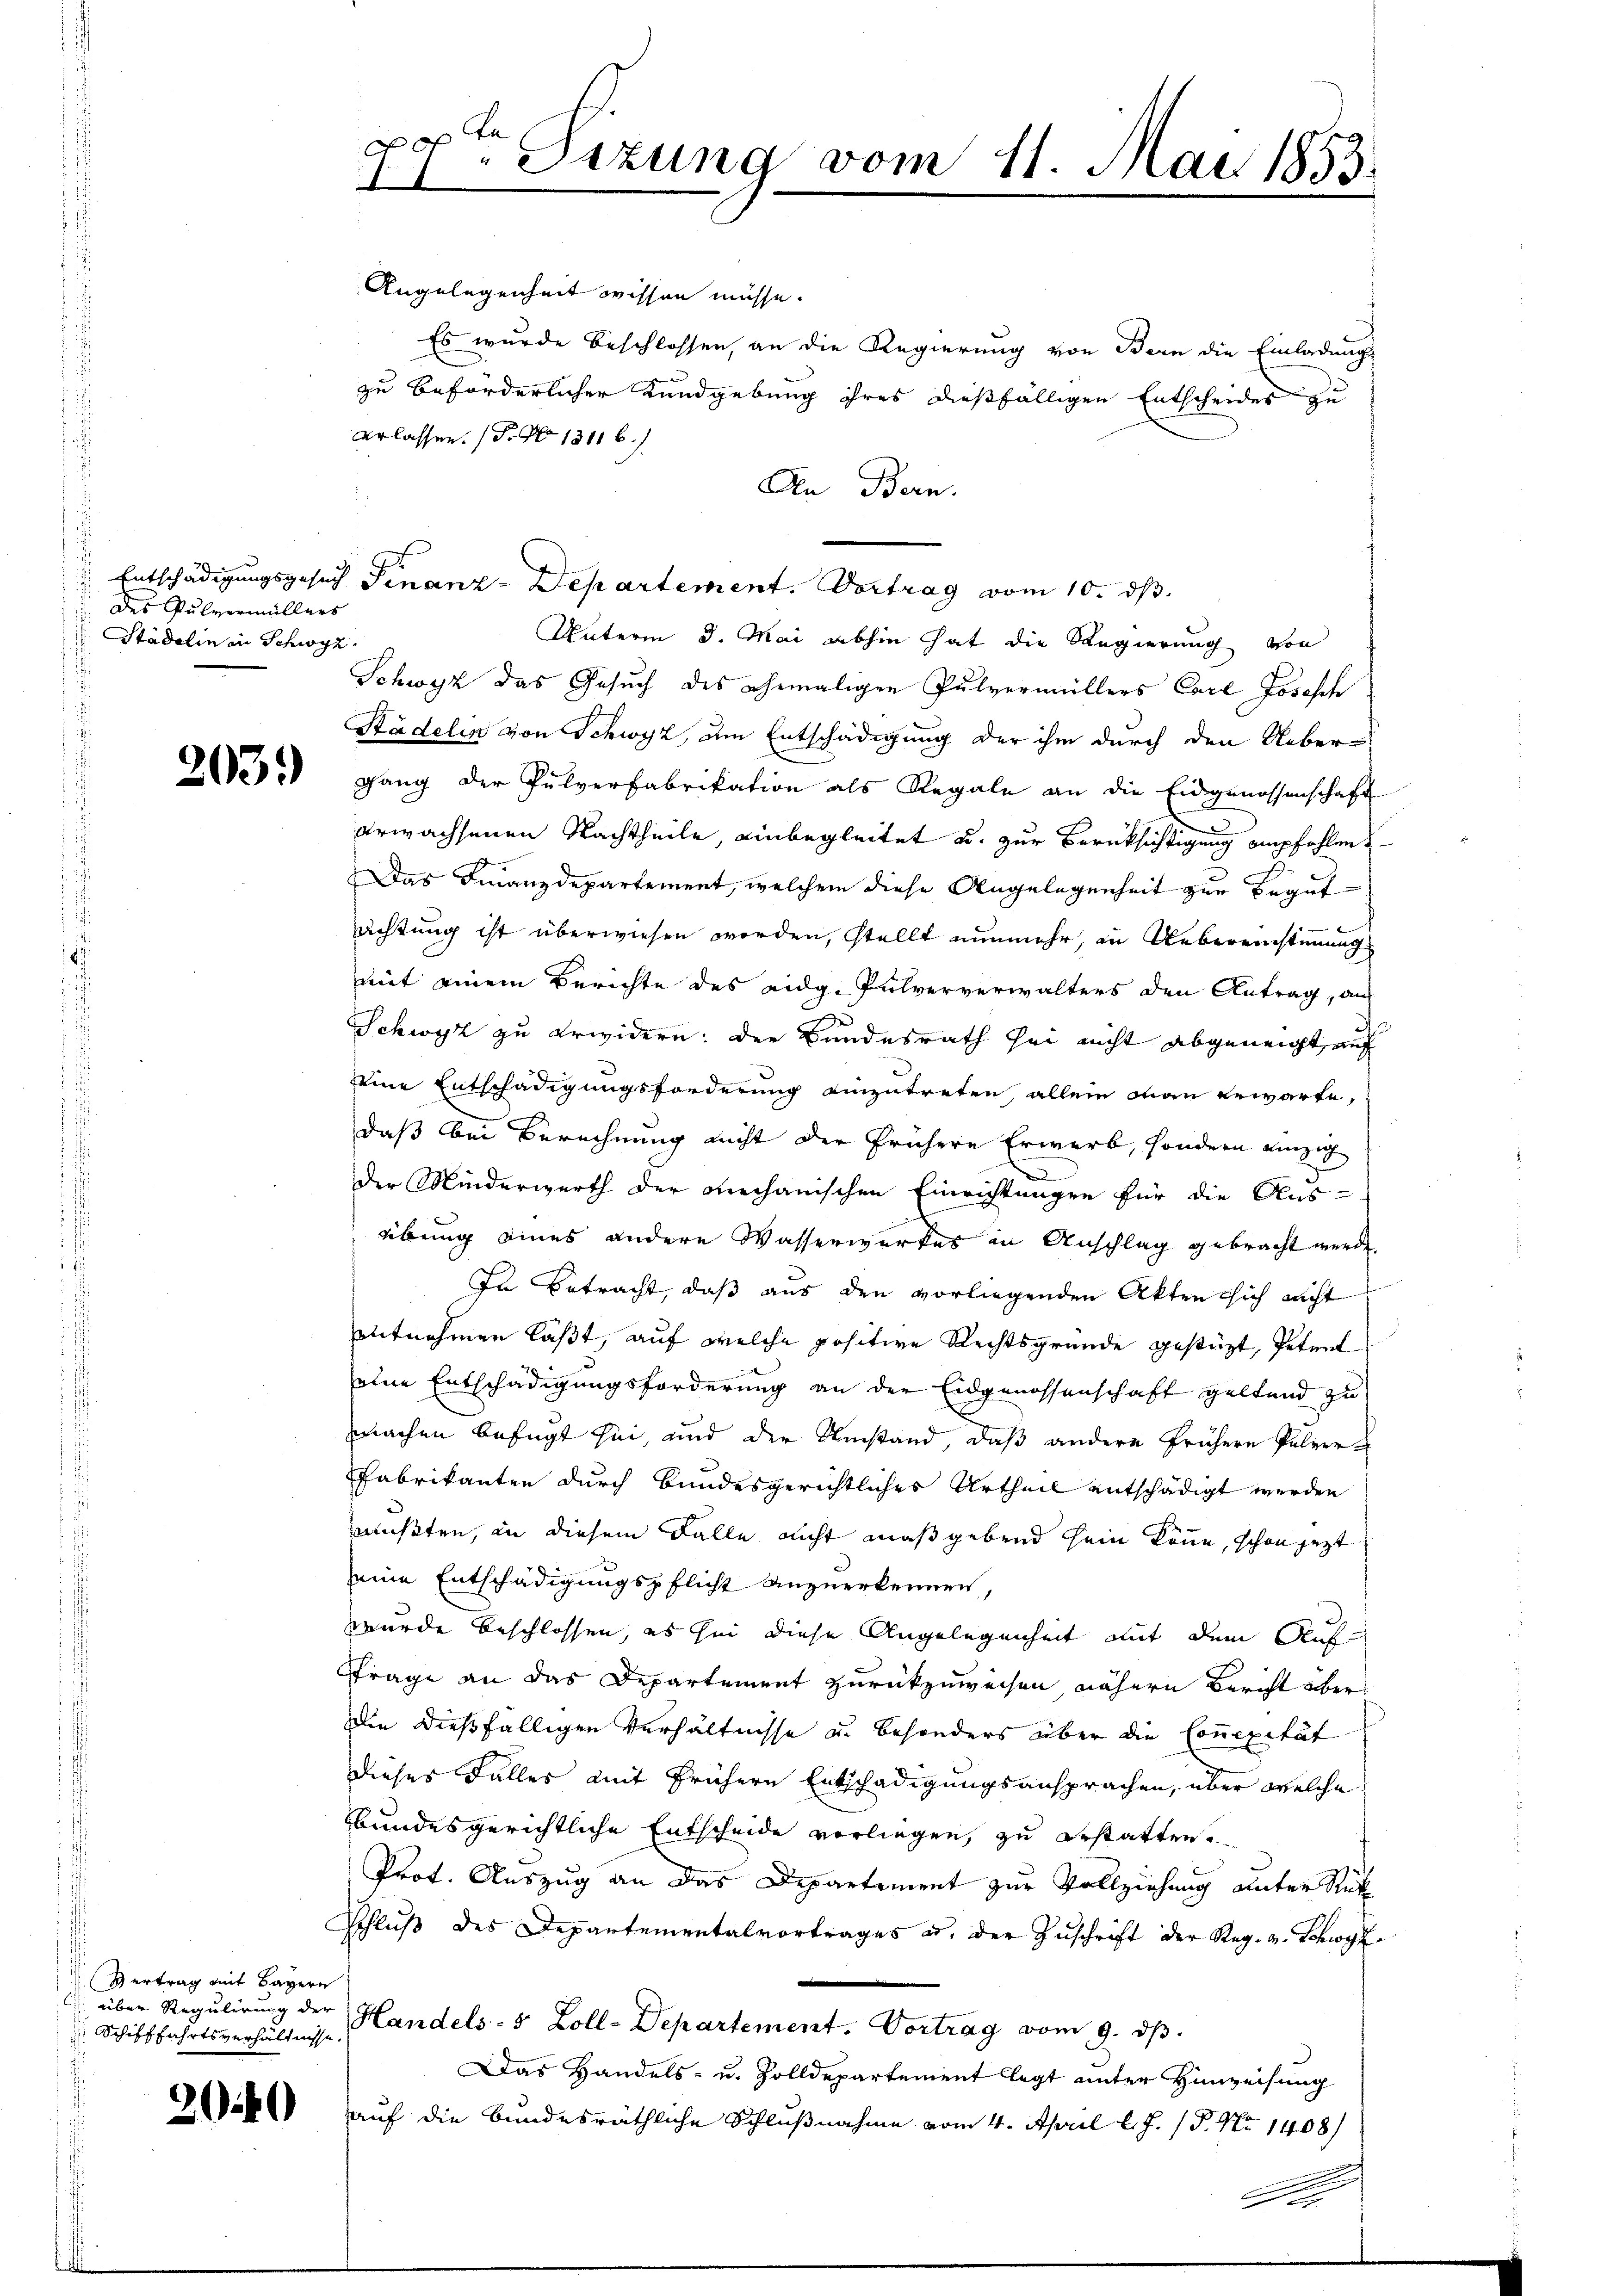
des Pulvermüllers
d
 Städelin in Schwyz.

203.

Vertrag mit Bayern
Schifffahrtsverhältnisse

204

of
Sizung vom 11. Mai 1853.
1

Angelegenheit wissen müsse.
Es wurde beschlossen, an die Regierung von Bern die Einladungs
zu beförderlicher Kundgebung ihres dießfälligen Entscheides zu
erlassen. (T. No 13116.)
Den Bern.
Unterm 3. Mai abhin hat die Regierung von
Schwyz das Gesuch des ehemaligen Pulvermüllers Carl Josesch
Städelin von Schwyz, am Entschädigung der ihm durch den Ueber-
gang der Pulverfabrikation als Regale an die Eidgenossenschaft
erwachsenen Nachtheile, einbegleitet u. zur Berüksichtigung empfohlen
Das Finanzdepartement, welchem diese Angelegenheit zur Begut-
achtung ist überwiesen worden, stellt nunmehr, in Uebereinstimmung
mit einem Berichte des eidg. Pulververwalters den Antrag, auf
Schwyz zu erwidern: der Bundesrath sei nicht abgeneigt, auf
eine Entschädigungsforderung einzutreten, allein man gewarte,
daß bei Berechnung nicht der frühere Erwarb, sondern einzig
der Minderwerth der mechanischen Einrichtungen für die Aus-
übring eines andere Wasserwerkes in Anschlag gebracht werde.
In Betracht, daß aus den vorliegenden Akten sich nicht
entnehmen läßt, auf welche positive Rechtsgründe gestüzt, Petent
eine Entschädigungsforderung an der Eidgenossenschaft geltend zu
machen befugt sei, und der Umstand, daß andere frühere Pulver¬
Fabrikanten durch Bundesgerichtliches Urtheil entschädigt werden
müßten, an diesem Falle nicht maßgebend sein könne, schon jetzt
seine Entschädigungspflicht anzuerkennen,
wurde beschlossen, es sei diese Angelegenheit mit dem Auf¬
Frage an das Departement zurückzuweisen nähern Bericht über¬
Die dießfälligen Verhältnisse u. besonders über die Connexität
dieses Falles mit frühern Entschädigungsansprachen, über welche
bundesgerichtliche Entscheide vorliegen, zu erstatten.
Prot. Auszug an das Departement zur Vollziehung unter Stück
Schlŭβ des Departementalvortrages u. der Zŭschrift der Reg. v. Schwy¬

 über Regulirung der Handels- 5 Zoll-Departement. Vortrag vom 9. dβ.
Das Handels- u. Zolldepartement legt unter Hinweisung
auf die bundesräthliche Schlußnahme vom 4. April l. J. (T. No 1408)
e

Entschädigungsgesuch Finanz-Departement. Vortrag vom 10. ds.